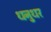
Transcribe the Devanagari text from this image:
धनुधर